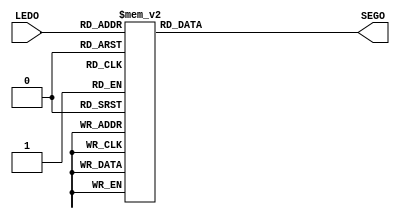
module display(LEDO,SEGO);
         input  [3:0] LEDO;
         output [6:0] SEGO;

         reg  [6:0] SEGO;
         always @(LEDO)
             case(LEDO)
                  4'd0: SEGO = ~7'b0111111;
                  4'd1: SEGO = ~7'b0000110;                
				  4'd2: SEGO = ~7'b1011011;
				  4'd3: SEGO = ~7'b1001111;
                  4'd4: SEGO = ~7'b1100110;
				  4'd5: SEGO = ~7'b1101101;
                  4'd6: SEGO = ~7'b1111101;
				  4'd7: SEGO = ~7'b0000111;
				  4'd8: SEGO = ~7'b1111111;
				  4'd9: SEGO = ~7'b1101111;
                  default:SEGO = 7'b1111111;
            endcase
endmodule